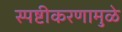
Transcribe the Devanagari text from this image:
स्पष्टीकरणामुळे